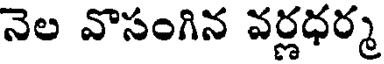
నెల వొసంగిన వర్లధర్మ